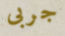
جربى